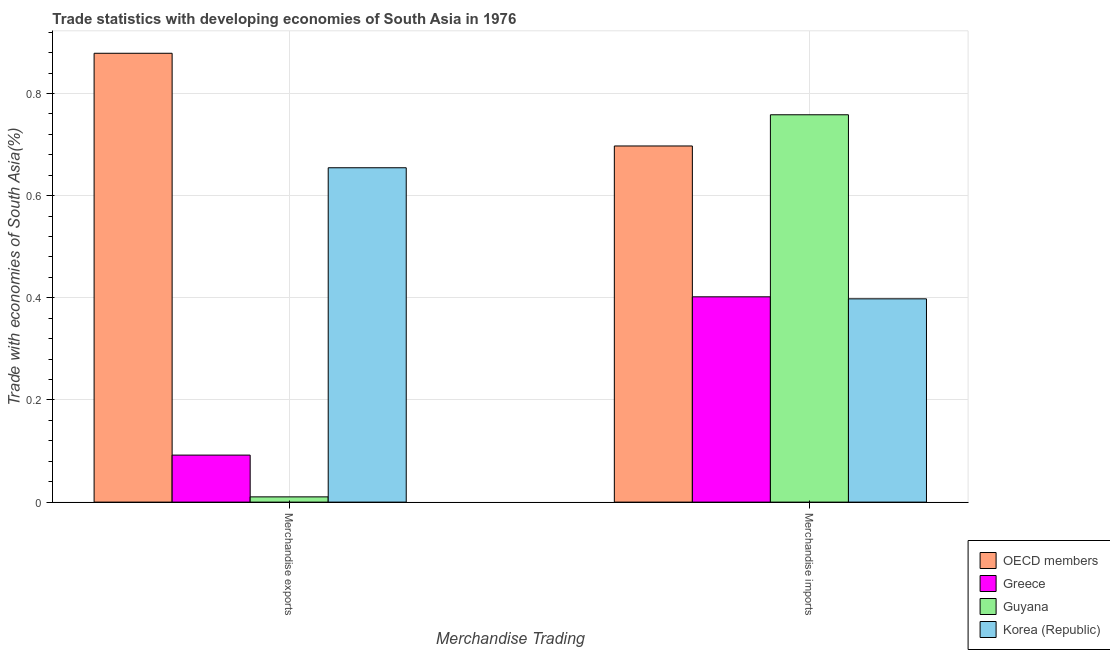
| Merchandise Trading | OECD members | Greece | Guyana | Korea (Republic) |
 | --- | --- | --- | --- | --- |
 | Merchandise exports | 0.879 | 0.0921 | 0.0103 | 0.655 |
 | Merchandise imports | 0.697 | 0.402 | 0.758 | 0.398 |